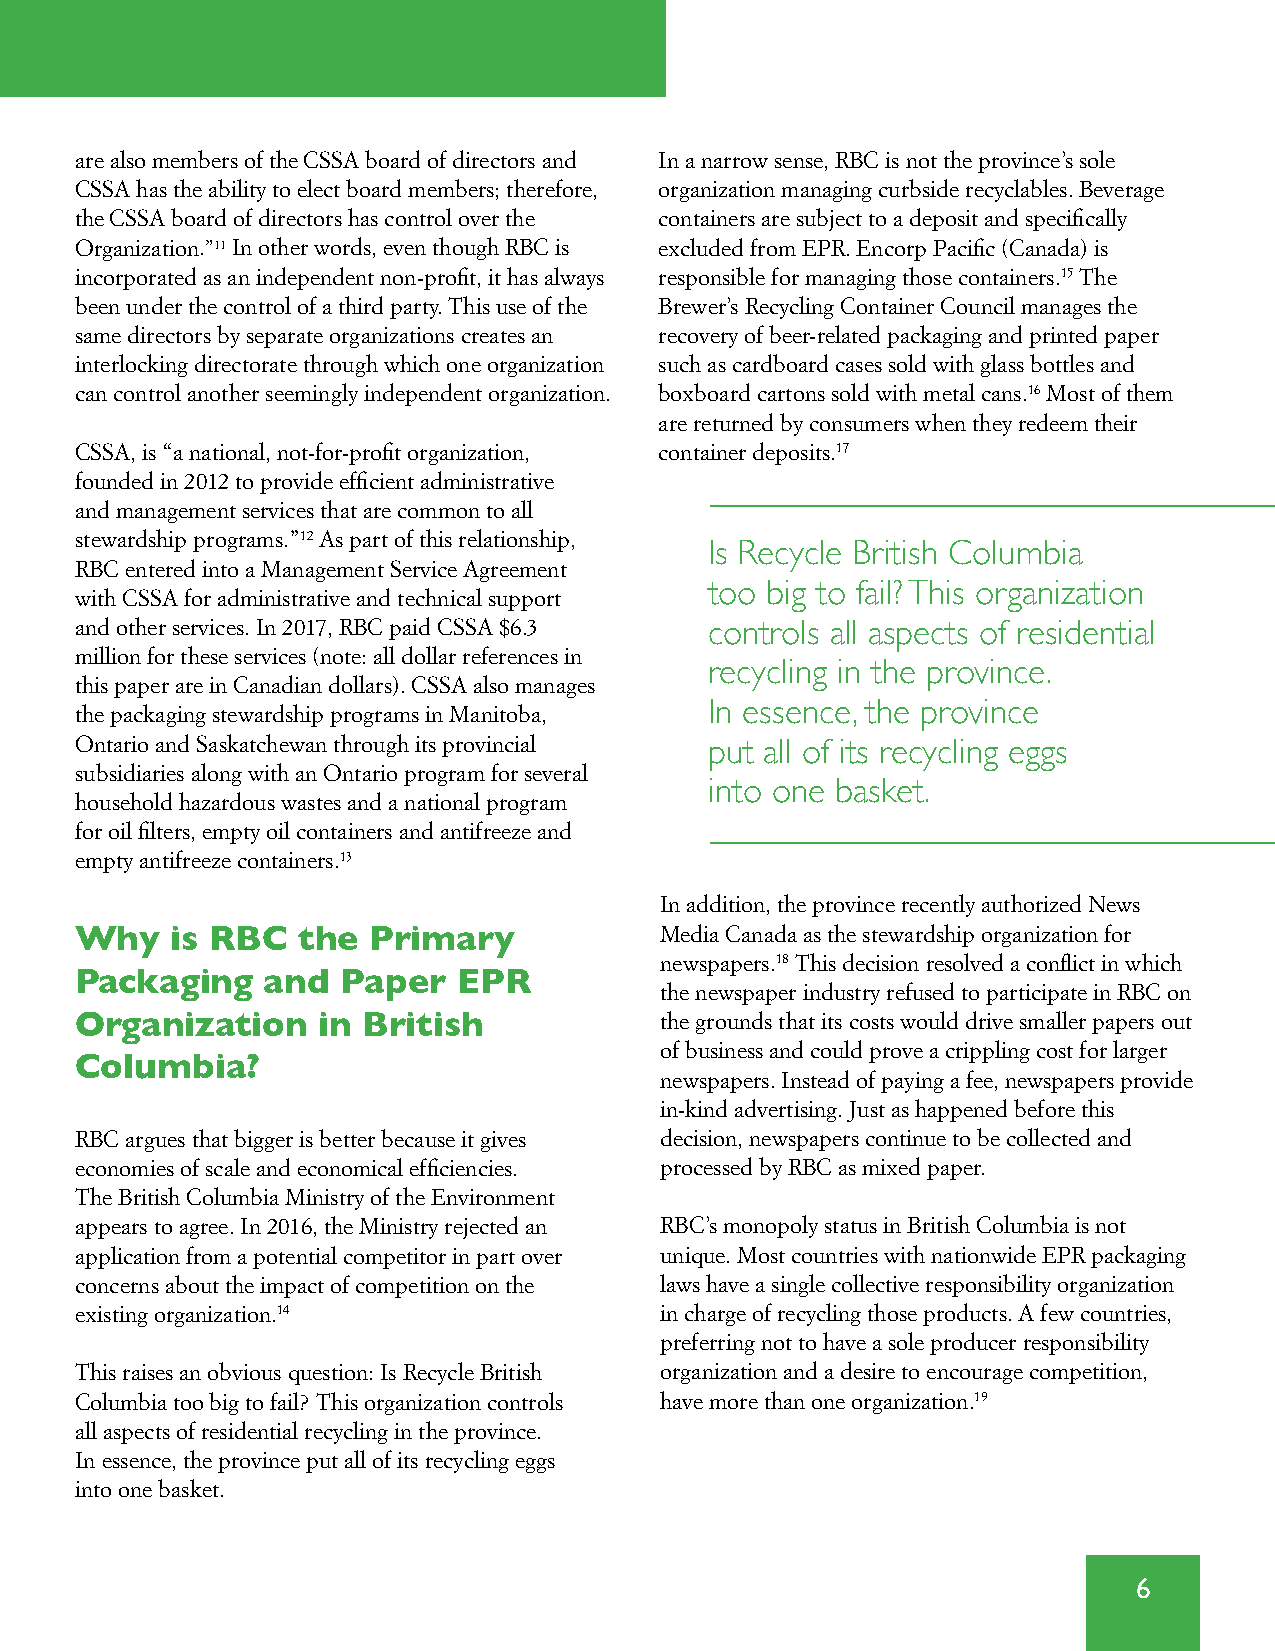
are also members of the CSSA board of directors and In a narrow sense, RBC is not the province’s sole
 CSSA has the ability to elect board members; therefore, organization managing curbside recyclables . Beverage
 the CSSA board of directors has control over the containers are subject to a deposit and specifically
 Organization .”11 In other words, even though RBC is excluded from EPR . Encorp Pacific (Canada) is
 incorporated as an independent non-profit, it has always responsible for managing those containers .15 The
 been under the control of a third party . This use of the Brewer’s Recycling Container Council manages the
 same directors by separate organizations creates an recovery of beer-related packaging and printed paper
 interlocking directorate through which one organization such as cardboard cases sold with glass bottles and
 can control another seemingly independent organization . boxboard cartons sold with metal cans .16 Most of them
 are returned by consumers when they redeem their
 CSSA, is “a national, not-for-profit organization, container deposits .17
 founded in 2012 to provide efficient administrative
 and management services that are common to all
 stewardship programs .”12 As part of this relationship,
 Is Recycle British Columbia
 RBC entered into a Management Service Agreement
 with CSSA for administrative and technical support too big to fail? This organization
 and other services . In 2017, RBC paid CSSA $6 .3 controls all aspects of residential
 million for these services (note: all dollar references in
 recycling in the province.
 this paper are in Canadian dollars) . CSSA also manages
 the packaging stewardship programs in Manitoba, In essence, the province
 Ontario and Saskatchewan through its provincial
 put all of its recycling eggs
 subsidiaries along with an Ontario program for several
 into one basket.
 household hazardous wastes and a national program
 for oil filters, empty oil containers and antifreeze and
 empty antifreeze containers .13
 In addition, the province recently authorized News
 Why   is RBC   the Primary             Media Canada as the stewardship organization for
 newspapers .18 This decision resolved a conflict in which
 Packaging    and  Paper  EPR
 the newspaper industry refused to participate in RBC on
 Organization    in British             the grounds that its costs would drive smaller papers out
 of business and could prove a crippling cost for larger
 Columbia?
 newspapers . Instead of paying a fee, newspapers provide
 in-kind advertising . Just as happened before this
 RBC argues that bigger is better because it gives decision, newspapers continue to be collected and
 economies of scale and economical efficiencies . processed by RBC as mixed paper .
 The British Columbia Ministry of the Environment
 appears to agree . In 2016, the Ministry rejected an RBC’s monopoly status in British Columbia is not
 application from a potential competitor in part over unique . Most countries with nationwide EPR packaging
 concerns about the impact of competition on the laws have a single collective responsibility organization
 existing organization .14              in charge of recycling those products . A few countries,
 preferring not to have a sole producer responsibility
 This raises an obvious question: Is Recycle British organization and a desire to encourage competition,
 Columbia too big to fail? This organization controls have more than one organization .19
 all aspects of residential recycling in the province .
 In essence, the province put all of its recycling eggs
 into one basket .
 6